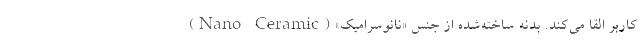
کاربر القا می‌کند. بدنه ساخته‌شده از جنس «نانوسرامیک» (Nano Ceramic)